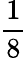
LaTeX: \frac{1}{8}